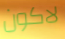
لاكون